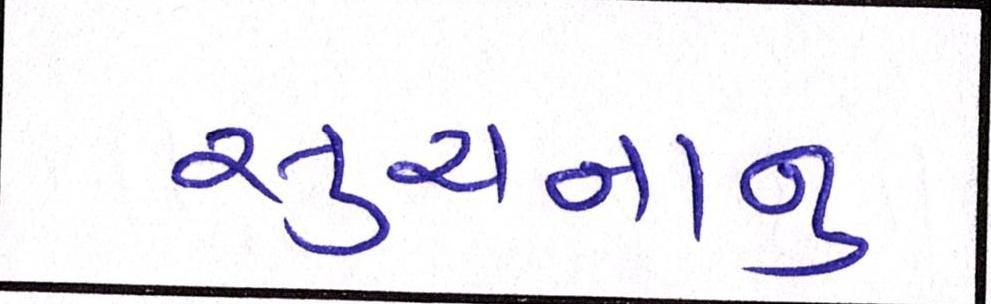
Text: સુચનાનુ